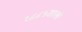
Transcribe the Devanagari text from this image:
१८८५साली